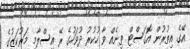
އޭގެ އިތުރުން އޮގަސްޓް ތިނެއް ވާ ހުކުރު ދުވަހުގެ ރޭ އިސްލާމި މަރުކަޒުގެ